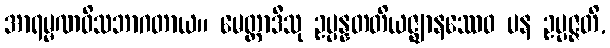
အာရမ္မဏဝိသဘာဂတာယ။ မေတ္တာဒီသု ဥပ္ပန္နတတိယဇ္ဈာနဿေဝ ပန ဥပ္ပဇ္ဇတိ,